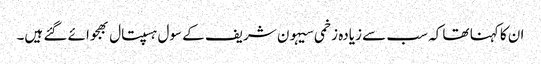
ان کا کہنا تھا کہ سب سے زیادہ زخمی سیہون شریف کے سول ہسپتال بھجوائے گئے ہیں۔